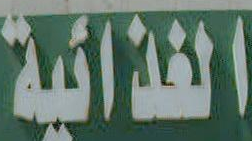
الغذائية